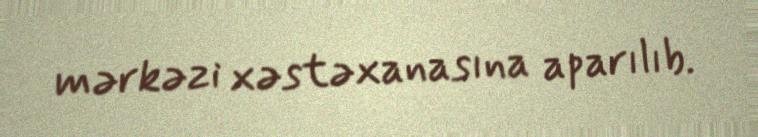
mərkəzi xəstəxanasına aparılıb.